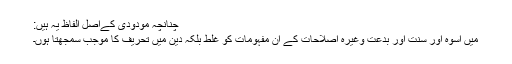
چنانچہ مودودی کےاصل الفاظ یہ ہیں:
میں اسوہ اور سنت اور بدعت وغیرہ اصلاحات کے ان مفہومات کو غلط بلکہ دین میں تحریف کا موجب سمجھتا ہوں۔